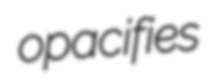
opacifies